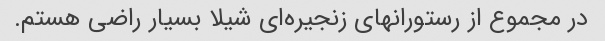
در مجموع از رستورانهای زنجیره‌ای شیلا بسیار راضی هستم.